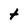
Character: t